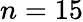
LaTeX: n=15